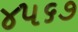
૪૫૬૭